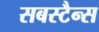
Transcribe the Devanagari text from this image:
सबस्टैन्स